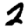
Digit: 2